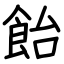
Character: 飴